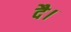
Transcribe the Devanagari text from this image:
दै।